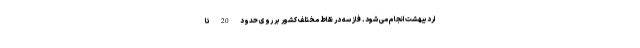
اردیبهشت انجام می شود. فاز سه در نقاط مختلف کشور بر روی حدود 20 تا